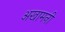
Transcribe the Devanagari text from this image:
अखामनी